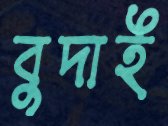
বুদাই